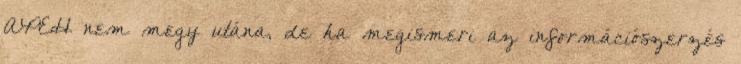
APEH nem megy utána, de ha megismeri az információszerzés